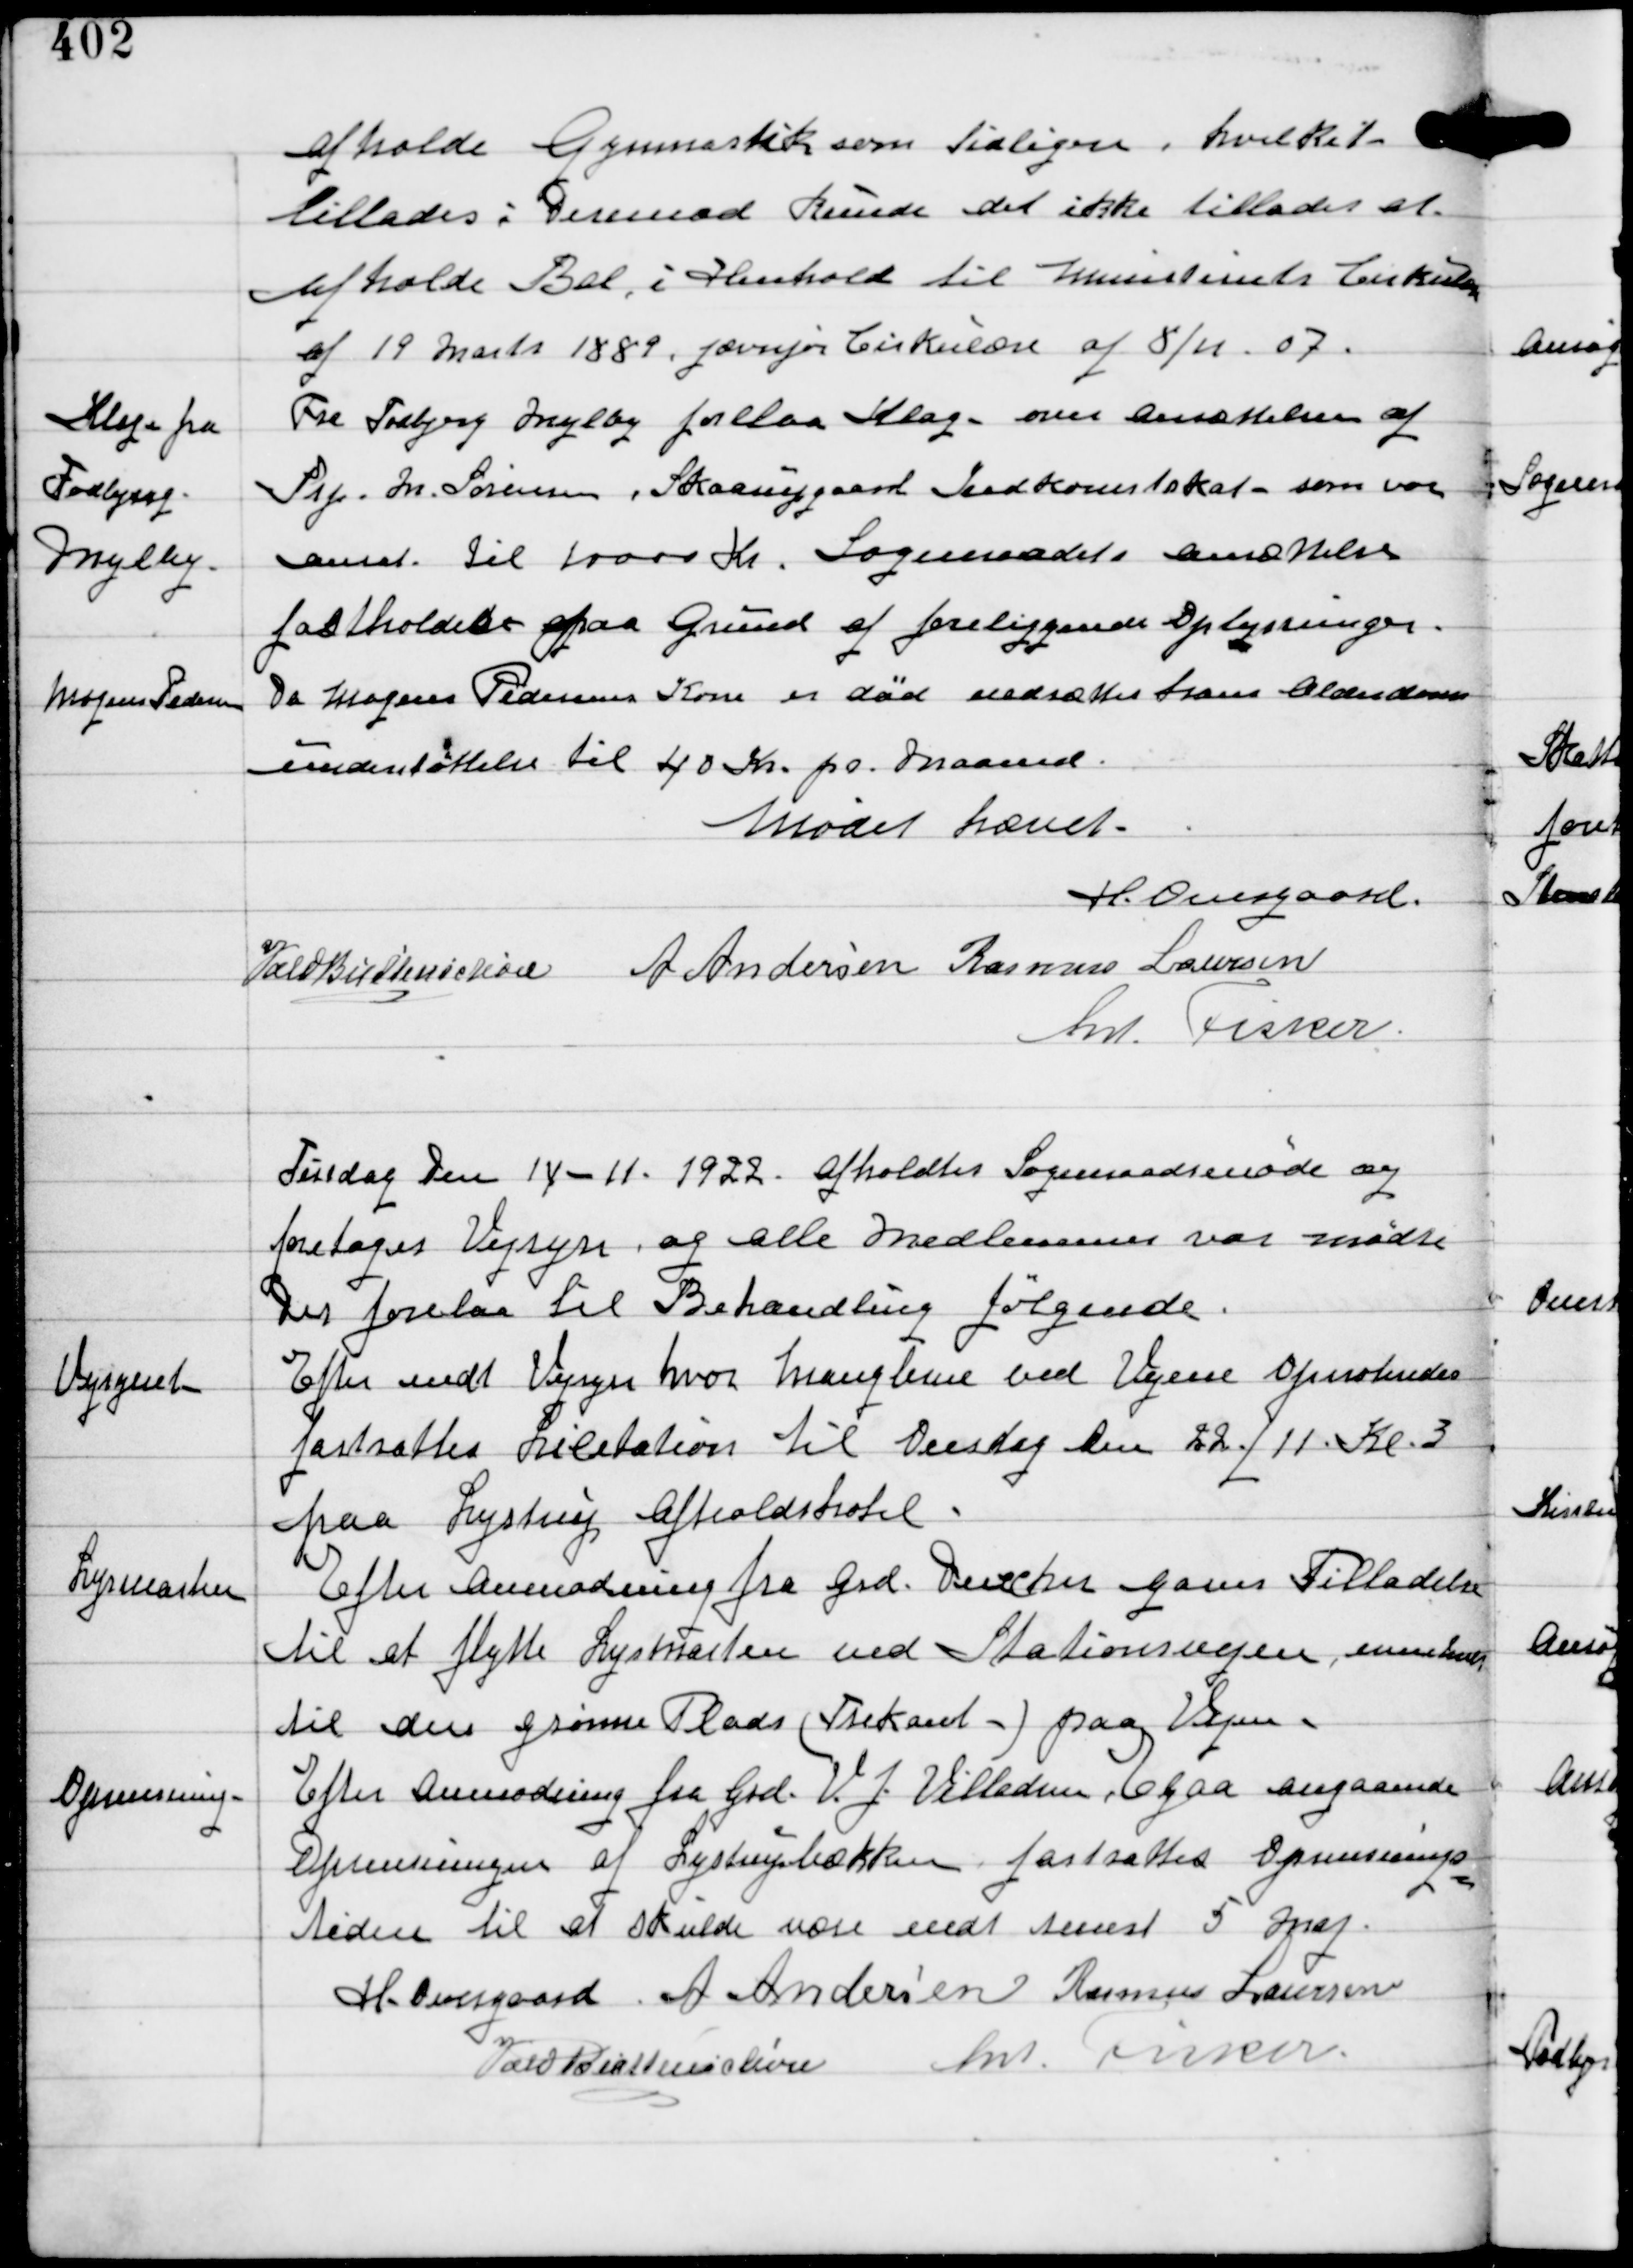
Transskription:
afholde Gymnastik som tidligere, hvilket
tillades: Derimod kunde det ikke tillades at
afholde Bal i Henhold til Ministeriets Cirkulære
af 19 Marts 1889, jævnfør Cirkulære af 8/11 07.

Klagen fra
Todbjerg-
Mejlby

Fra Todbjerg Mejlby forelaa Klage over ansættelsen af
Prp In. Sørensens, Skaarupgaard Indkomstskat, som var
ansat til 10000 Kr. Sogneraadets ansættelse
fastholdes paa Grund af foreliggende Oplysninger.

Mogens Pedersen

Da Mogens Pedersens Kone er død ansættes hans Alderdoms-
understøttelse til 40 Kr pr maaned.

Mødet hævet
H Overgaard
Vald Buttenschøn A Andersen Rasmus Laursen
Ant Fisker

Tirsdag Den 14-11 1922 afholdtes Sogneraadsmøde og
foretoges Vejsyn og alle Medlemmer var mødte.
Der forelaa til Behandling følgende.

Vejsynet

Efter endt Vejsyn hvor Manglerne ved Vejene afmærkedes
fastsattes Licitation til Onsdag Den 22/11 Kl 3
paa Lystrup Afholdshotel.

Lysmasten

Efter Anmodning fra Grd. Dencker gaves Tilladelse
til at flytte Lysmasten ved Stationsvejen, nærmere
til den grønne Plads (Trekant) paa Vejen.

Afrensning.

Efter Anmodning fra Grd V.J. Villadsen, Egaa angaaende
Afrensningen af Lystrupbækken fastsattes Oprensnings-
tiden til at skulde være endt senest 5 Maj

H Overgaard A Andersen Rasmus Laursen
Vald Buttenschøn Ant Fisker